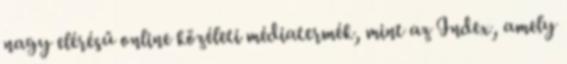
nagy elérésű online közéleti médiatermék, mint az Index, amely